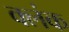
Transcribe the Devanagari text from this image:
क्लंक